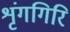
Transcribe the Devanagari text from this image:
शृंगगिरि